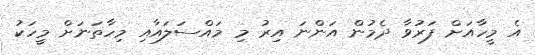
އެ މީހާއަށް ފަރުވާ ދެމުން އަންނަ އިރު މި މައްސަލައާއި މިހާތަަނަށް މީހަކު